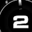
Digit: 2